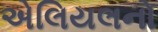
એલિયલનો